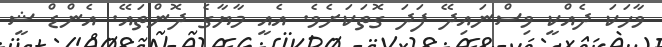
ވާހަކަ ދެއްކީ ވިސްނައިދޭ ފަދަ ގޮތަކަށެވެ. އެއީ މާޔާގެ ދޮންތައޭ. އެންޑް ޝީ